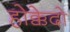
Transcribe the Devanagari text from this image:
होक्केदो